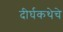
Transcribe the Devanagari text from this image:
दीर्घकथेचे